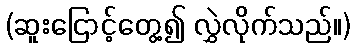
(ဆူးငြောင့်တွေ့၍ လွှဲလိုက်သည်။)